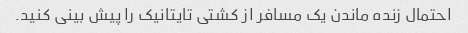
احتمال زنده ماندن یک مسافر از کشتی تایتانیک را پیش بینی کنید.